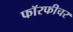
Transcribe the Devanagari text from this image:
फॉरफीचर